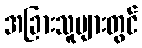
အခြားသူများတွင်